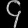
Digit: ၄